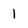
Character: 1